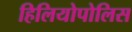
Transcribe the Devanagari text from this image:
हिलियोपोलिस